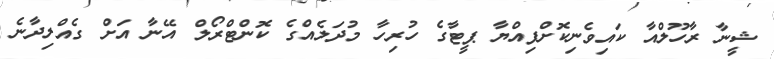
ޝީނާ ރާހޫލްއާ ކައިވެނިކޮށްފިއްޔާ ޕީޓާގެ ހުރިހާ މުދަލެއްގެ ކޮންޓްރޯލް އޭނާ އަށް ގެއްލިދާނެ